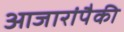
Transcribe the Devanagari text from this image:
आजारांपैकी